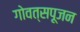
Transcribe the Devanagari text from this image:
गोवत्सपूजन